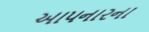
આપનારના